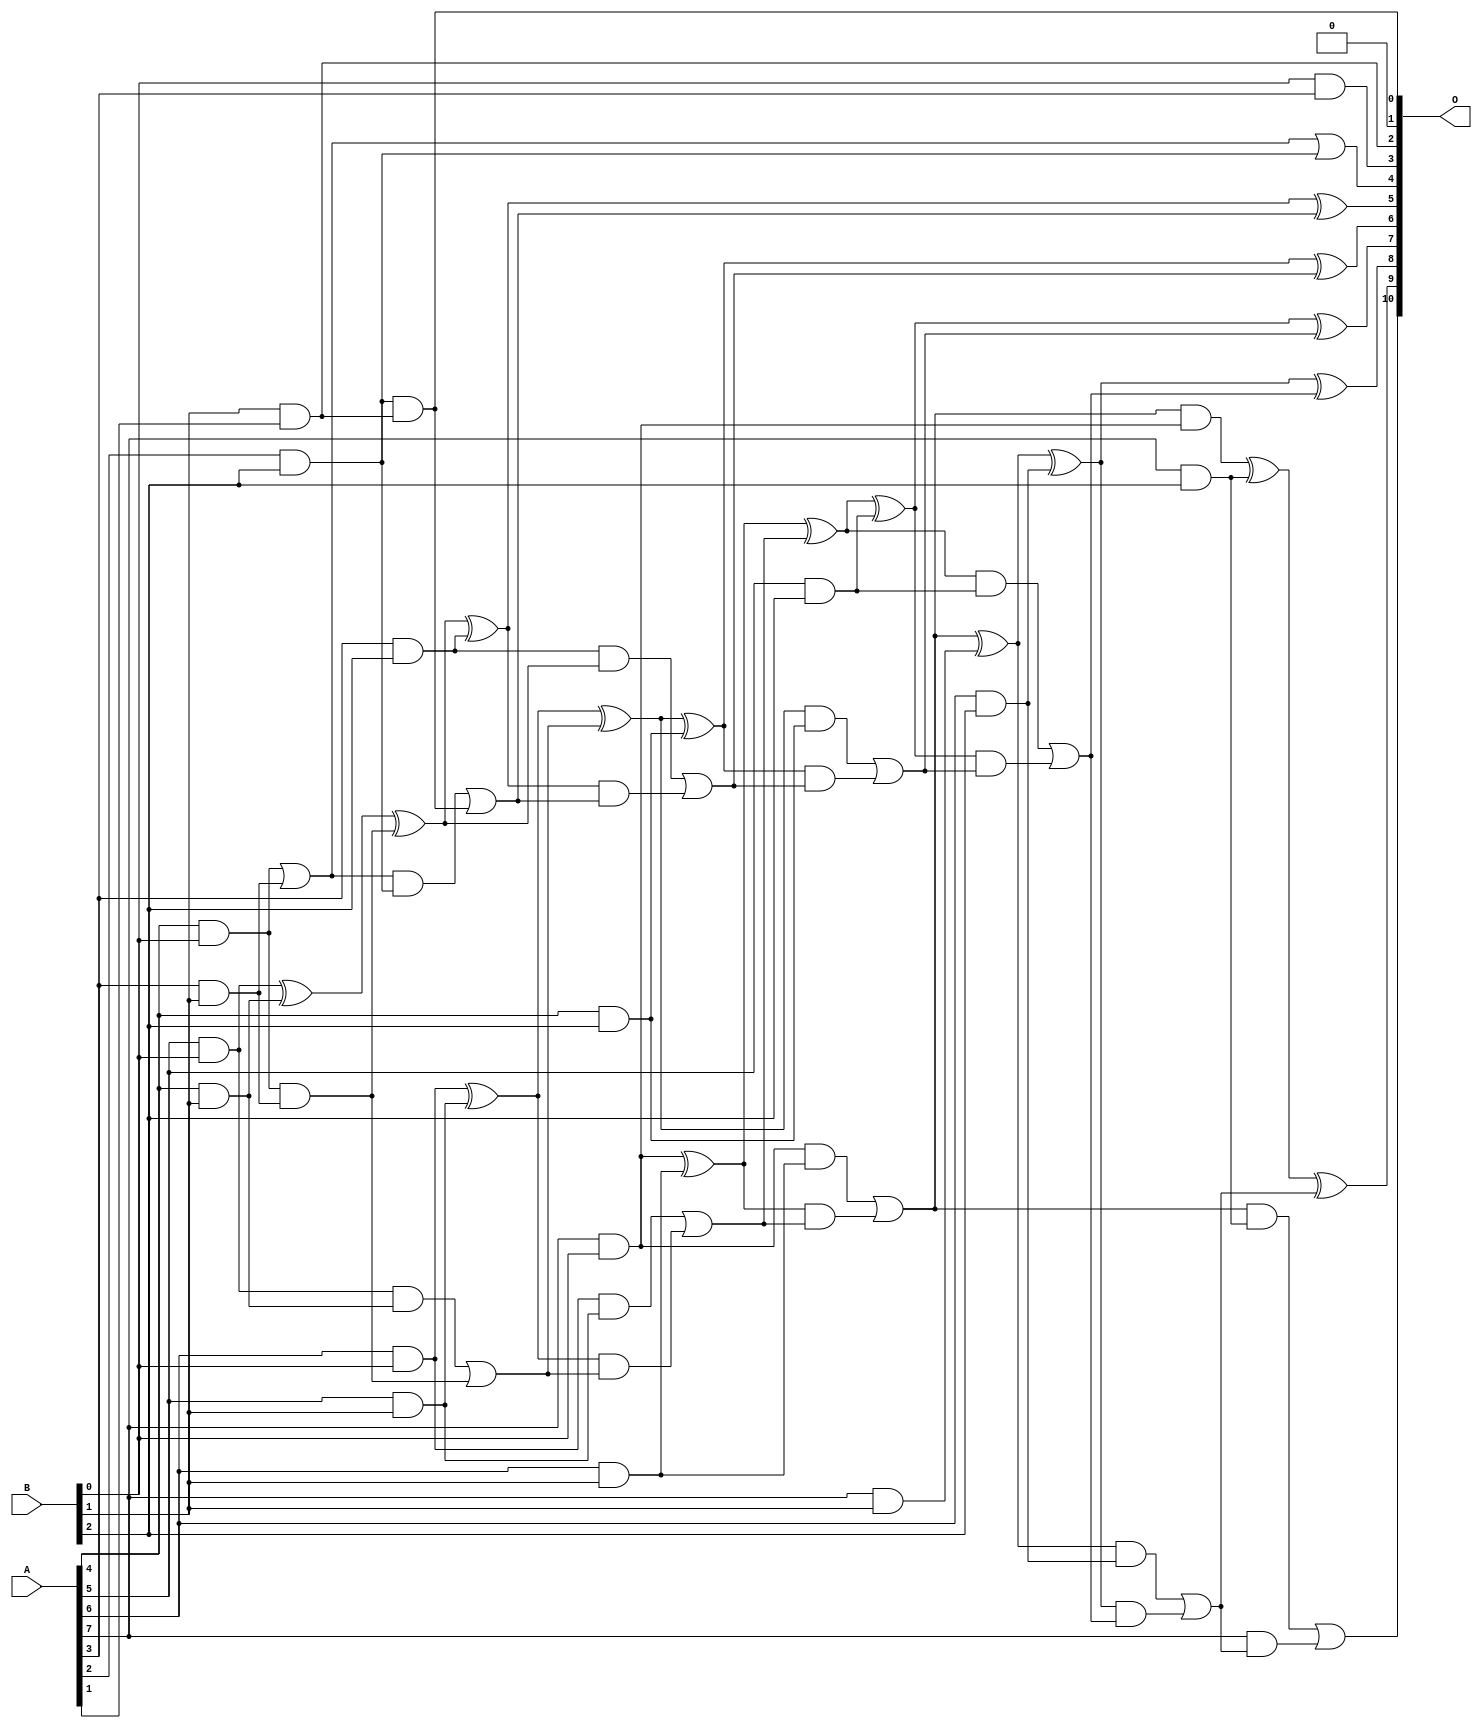
/***
* This code is a part of EvoApproxLib library (ehw.fit.vutbr.cz/approxlib) distributed under The MIT License.
* When used, please cite the following article(s): V. Mrazek, L. Sekanina, Z. Vasicek "Libraries of Approximate Circuits: Automated Design and Application in CNN Accelerators" IEEE Journal on Emerging and Selected Topics in Circuits and Systems, Vol 10, No 4, 2020 
* This file contains a circuit from a sub-set of pareto optimal circuits with respect to the pwr and ep parameters
***/
// MAE% = 0.29 %
// MAE = 5.9 
// WCE% = 0.98 %
// WCE = 20 
// WCRE% = 100.00 %
// EP% = 74.22 %
// MRE% = 4.60 %
// MSE = 64 
// PDK45_PWR = 0.052 mW
// PDK45_AREA = 160.0 um2
// PDK45_DELAY = 0.74 ns

module mul8x3u_0BN (
    A,
    B,
    O
);

input [7:0] A;
input [2:0] B;
output [10:0] O;

wire sig_15,sig_16,sig_17,sig_18,sig_22,sig_23,sig_24,sig_25,sig_26,sig_33,sig_39,sig_40,sig_45,sig_46,sig_47,sig_48,sig_49,sig_50,sig_51,sig_52;
wire sig_53,sig_54,sig_55,sig_56,sig_57,sig_58,sig_59,sig_60,sig_63,sig_64,sig_65,sig_66,sig_67,sig_68,sig_72,sig_76,sig_77,sig_78,sig_79,sig_80;
wire sig_81,sig_83,sig_84,sig_85,sig_86,sig_87,sig_88,sig_89,sig_90,sig_91,sig_92,sig_93,sig_94,sig_95,sig_96,sig_97,sig_98,sig_99,sig_100,sig_101;
wire sig_102,sig_103,sig_104,sig_105;

assign sig_15 = A[4] & B[0];
assign sig_16 = A[5] & B[0];
assign sig_17 = A[6] & B[0];
assign sig_18 = A[7] & B[0];
assign sig_22 = A[3] & B[1];
assign sig_23 = A[4] & B[1];
assign sig_24 = A[5] & B[1];
assign sig_25 = A[6] & B[1];
assign sig_26 = A[7] & B[1];
assign sig_33 = B[0] & A[3];
assign sig_39 = sig_15 | sig_22;
assign sig_40 = sig_15 & sig_22;
assign sig_45 = sig_16 & sig_23;
assign sig_46 = sig_16 ^ sig_23;
assign sig_47 = sig_46 ^ sig_40;
assign sig_48 = sig_45 | sig_40;
assign sig_49 = sig_17 ^ sig_24;
assign sig_50 = sig_17 & sig_24;
assign sig_51 = sig_49 & sig_48;
assign sig_52 = sig_49 ^ sig_48;
assign sig_53 = sig_50 | sig_51;
assign sig_54 = sig_18 ^ sig_25;
assign sig_55 = sig_18 & sig_25;
assign sig_56 = sig_54 & sig_53;
assign sig_57 = sig_54 ^ sig_53;
assign sig_58 = sig_55 | sig_56;
assign sig_59 = sig_58 & sig_18;
assign sig_60 = sig_58 ^ sig_26;
assign sig_63 = A[2] & B[2];
assign sig_64 = A[3] & B[2];
assign sig_65 = A[4] & B[2];
assign sig_66 = A[5] & B[2];
assign sig_67 = A[6] & B[2];
assign sig_68 = A[7] & B[2];
assign sig_72 = B[1] & A[1];
assign sig_76 = sig_39 | sig_63;
assign sig_77 = sig_39 & sig_63;
assign sig_78 = sig_63 & sig_72;
assign sig_79 = sig_64 & sig_47;
assign sig_80 = sig_77 | sig_78;
assign sig_81 = sig_47 ^ sig_64;
assign sig_83 = sig_81 & sig_80;
assign sig_84 = sig_81 ^ sig_80;
assign sig_85 = sig_79 | sig_83;
assign sig_86 = sig_52 ^ sig_65;
assign sig_87 = sig_52 & sig_65;
assign sig_88 = sig_86 & sig_85;
assign sig_89 = sig_86 ^ sig_85;
assign sig_90 = sig_87 | sig_88;
assign sig_91 = sig_57 ^ sig_66;
assign sig_92 = sig_57 & sig_66;
assign sig_93 = sig_91 & sig_90;
assign sig_94 = sig_91 ^ sig_90;
assign sig_95 = sig_92 | sig_93;
assign sig_96 = sig_60 ^ sig_67;
assign sig_97 = sig_60 & sig_67;
assign sig_98 = sig_96 & sig_95;
assign sig_99 = sig_96 ^ sig_95;
assign sig_100 = sig_97 | sig_98;
assign sig_101 = sig_59 ^ sig_68;
assign sig_102 = sig_58 & sig_68;
assign sig_103 = A[7] & sig_100;
assign sig_104 = sig_101 ^ sig_100;
assign sig_105 = sig_102 | sig_103;

assign O[10] = sig_105;
assign O[9] = sig_104;
assign O[8] = sig_99;
assign O[7] = sig_94;
assign O[6] = sig_89;
assign O[5] = sig_84;
assign O[4] = sig_76;
assign O[3] = sig_33;
assign O[2] = sig_72;
assign O[1] = 1'b0;
assign O[0] = sig_78;

endmodule